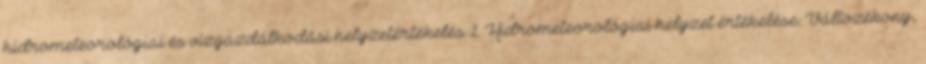
hidrometeorológiai és vízgazdálkodási helyzetértékelés 1. Hidrometeorológiai helyzet értékelése: Változékony,